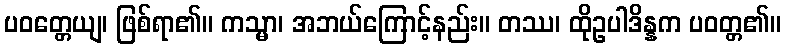
ပဝတ္တေယျ၊ ဖြစ်ရာ၏။ ကသ္မာ၊ အဘယ်ကြောင့်နည်း။ တဿ၊ ထိုဥပါဒိန္နက ပဝတ္တ၏။